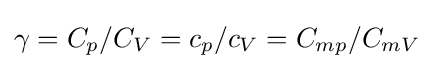
\gamma =C_{p}/C_{V}=c_{p}/c_{V}=C_{mp}/C_{mV}